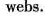
webs.